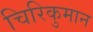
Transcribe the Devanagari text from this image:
चिरिकुमान